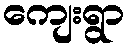
ကျေးရွာ